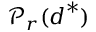
\boldsymbol { \mathcal { P } } _ { r } ( \boldsymbol { d } ^ { * } )